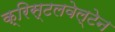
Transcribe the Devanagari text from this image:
क्रिस्टलवेल्टेन